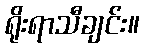
ရိုးရာသီချင်း။